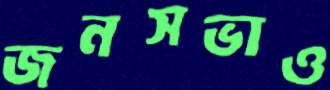
জনসভাও